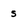
Character: s